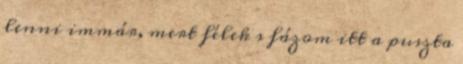
lenni immár, mert félek s fázom itt a puszta